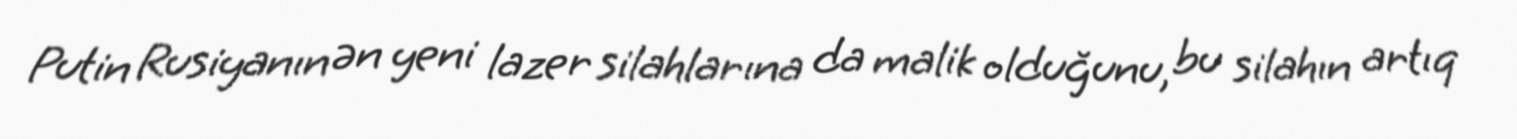
Putin Rusiyanın ən yeni lazer silahlarına da malik olduğunu, bu silahın artıq